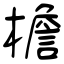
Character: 檐